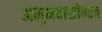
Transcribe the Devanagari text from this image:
अनुभवासोबतच